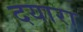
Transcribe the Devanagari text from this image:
दयारा